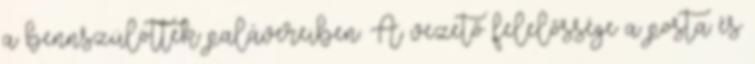
a bennszülöttek palávereiben. A vezető felelőssége a posta és